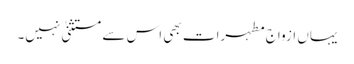
یہاں ازواج مطہرات بھی اس سے مستثنیٰ نہیں۔